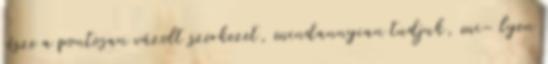
része a pontosan vázolt szerkezet, mindannyian tudjuk, mi- lyen